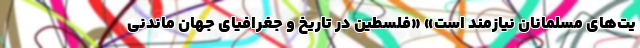
یت‌های مسلمانان نیازمند است» «فلسطین در تاریخ و جغرافیای جهان ماندنی